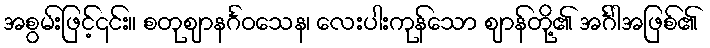
အစွမ်းဖြင့်၎င်း။ စတုဈာနင်္ဂဝသေန၊ လေးပါးကုန်သော ဈာန်တို့၏ အင်္ဂါအဖြစ်၏